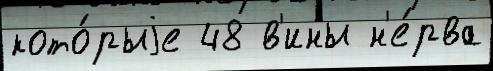
кото́рыjе 48 в'ины н'е́рва